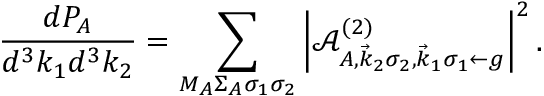
\frac { d P _ { A } } { d ^ { 3 } k _ { 1 } d ^ { 3 } k _ { 2 } } = \sum _ { M _ { A } \Sigma _ { A } \sigma _ { 1 } \sigma _ { 2 } } \left| \mathcal { A } _ { A , \vec { k } _ { 2 } \sigma _ { 2 } , \vec { k } _ { 1 } \sigma _ { 1 } \gets g } ^ { ( 2 ) } \right| ^ { 2 } .